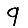
Digit: 9